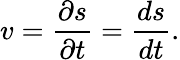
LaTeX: v=\frac{\partial s}{\partial t}=\frac{ds}{dt}.